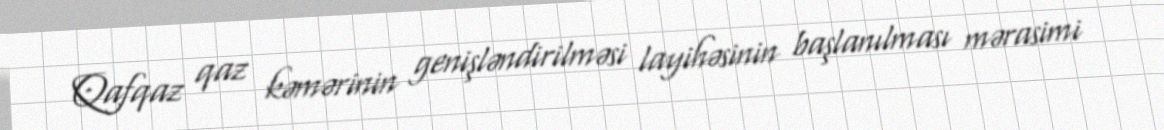
Qafqaz qaz kəmərinin genişləndirilməsi layihəsinin başlanılması mərasimi